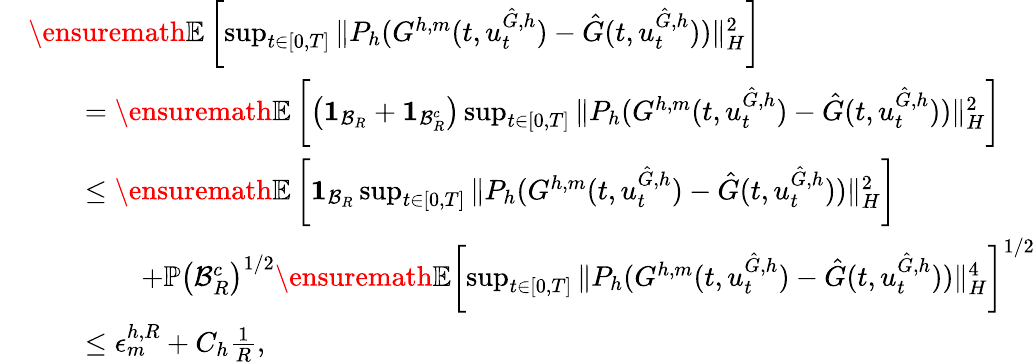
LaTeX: \begin{array}{rl}&{\ensuremath{{\mathbb E}}\left[\operatorname*{sup}_{t\in[0,T]}\| P_{h}(G^{h,m}(t,u_{t}^{\hat{G},h})-\hat{G}(t,u_{t}^{\hat{G},h}))\| _{H}^{2}\right]}\\ &{\qquad=\ensuremath{{\mathbb E}}\left[\left(\mathbf{1}_{\mathcal{B}_{R}}+\mathbf{1}_{\mathcal{B}_{R}^{c}}\right)\operatorname*{sup}_{t\in[0,T]}\| P_{h}(G^{h,m}(t,u_{t}^{\hat{G},h})-\hat{G}(t,u_{t}^{\hat{G},h}))\| _{H}^{2}\right]}\\ &{\qquad\le\ensuremath{{\mathbb E}}\left[\mathbf{1}_{\mathcal{B}_{R}}\operatorname*{sup}_{t\in[0,T]}\| P_{h}(G^{h,m}(t,u_{t}^{\hat{G},h})-\hat{G}(t,u_{t}^{\hat{G},h}))\| _{H}^{2}\right]}\\ &{\qquad\qquad+\mathbb{P}\left(\mathcal{B}_{R}^{c}\right)^{1/2}\ensuremath{{\mathbb E}}\left[\operatorname*{sup}_{t\in[0,T]}\| P_{h}(G^{h,m}(t,u_{t}^{\hat{G},h})-\hat{G}(t,u_{t}^{\hat{G},h}))\| _{H}^{4}\right]^{1/2}}\\ &{\qquad\le\epsilon_{m}^{h,R}+C_{h}\frac{1}{R},}\end{array}